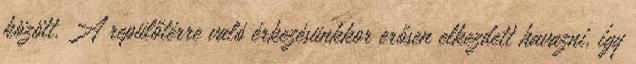
között. A repülőtérre való érkezésünkkor erősen elkezdett havazni, így